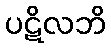
ပဋိလဘိ